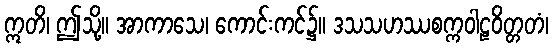
ဣတိ၊ ဤသို့။ အာကာသေ၊ ကောင်းကင်၌။ ဒသသဟဿစက္ကဝါဠဝိတ္တတံ၊